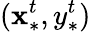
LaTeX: (\mathbf{x}_{*}^{t},y_{*}^{t})